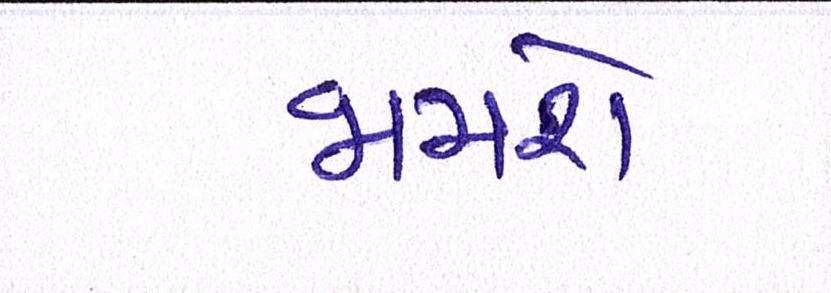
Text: જામશે